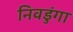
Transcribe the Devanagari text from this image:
निवडुंगा